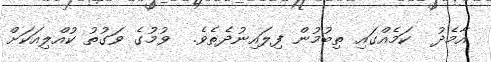
އާމެދު  ކަމެއްގައި ތިބުމުން ފިލައިނުދެތެވެ.  ވުމުގެ ވަގުތު ކުއްލިއަކަށް